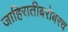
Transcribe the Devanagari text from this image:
जाहिरातीबरोबरच